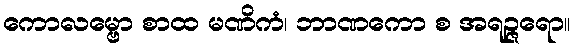
ကောလမ္ဗော စာထ မဏိကံ၊ ဘာဏကော စ အရဉ္ဇရော။